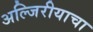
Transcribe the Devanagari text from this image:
अल्जिरीयाचा